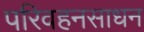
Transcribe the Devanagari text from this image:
परिवहनसाधन